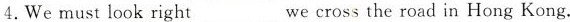
4.We must look right___we cross the road in Hong Kong.